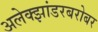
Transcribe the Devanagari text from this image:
अलेक्झांडरबरोबर